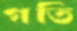
গতি